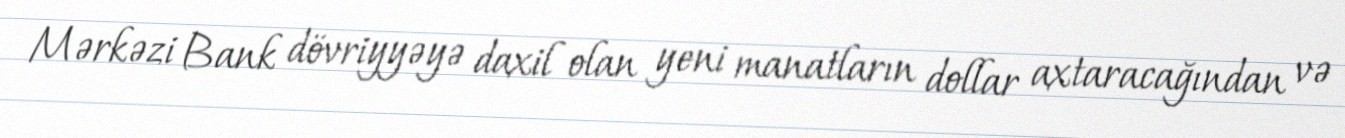
Mərkəzi Bank dövriyyəyə daxil olan yeni manatların dollar axtaracağından və